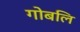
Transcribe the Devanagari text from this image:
गोबलि